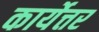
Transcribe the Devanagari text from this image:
कार्येत्तर